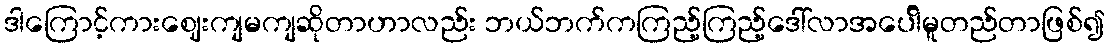
ဒါကြောင့်ကားဈေးကျမကျဆိုတာဟာလည်း ဘယ်ဘက်ကကြည့်ကြည့်ဒေါ်လာအပေါိမူတည်တာဖြစ်၍